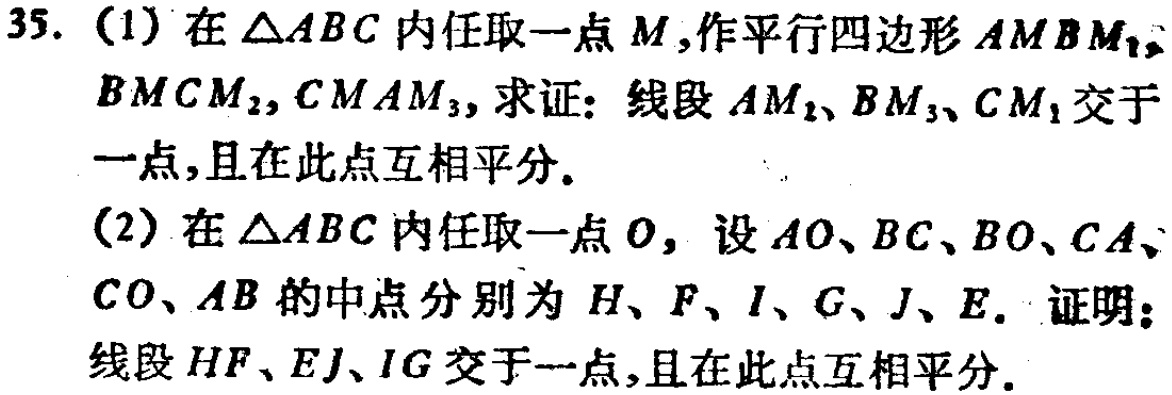
35. (1) 在\(\triangle ABC\)内任取一点\(M\),作平行四边形\(AMBM_1\),\(BMCM_2\),\(CMAM_3\), 求证：线段\(AM_2\)、\(BM_3\)、\(CM_1\)交于一点,且在此点互相平分.

(2) 在\(\triangle ABC\)内任取一点\(O\), 设\(AO\)、\(BC\)、\(BO\)、\(CA\)、\(CO\)、\(AB\)的中点分别为\(H\)、\(F\)、\(I\)、\(G\)、\(J\)、\(E\). 证明：线段\(HF\)、\(EJ\)、\(IG\)交于一点,且在此点互相平分.